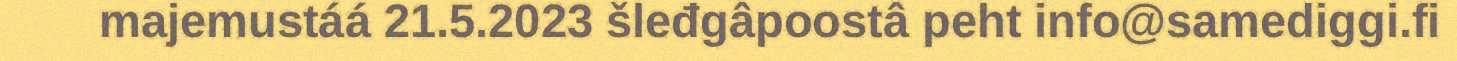
majemustáá 21.5.2023 šleđgâpoostâ peht info@samediggi.fi